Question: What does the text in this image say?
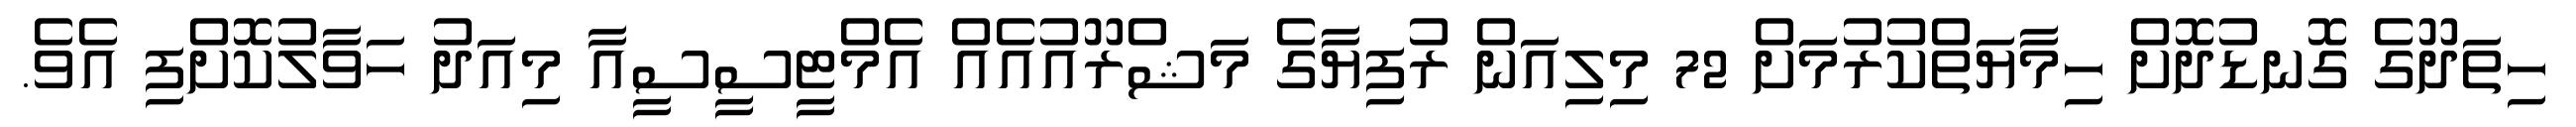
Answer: ހިތަދޫގެ ގޮނޑުދޮށް ހިމާޔަތްކުރުމަށް 72 މިލިއަން ރުފިޔާގެ މަޝްރޫއުއެއް އެމްޓީސީސީއާ މިއަދު ހަވާލުކޮށްފި އެވެ.